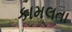
કામલતા